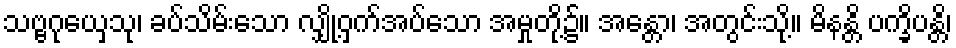
သဗ္ဗဂုယှေသု၊ ခပ်သိမ်းသော လျှို့ဝှက်အပ်သော အမှုတို့၌။ အန္တော၊ အတွင်းသို့။ မိနန္တိ ပက္ခိပန္တိ၊